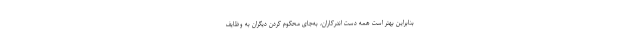
بنابراین بهتر است همه دست اندرکاران، به‌جای محکوم کردن دیگران به وظایف